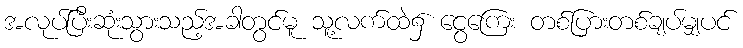
အလုပ်ပြီးဆုံးသွားသည့်အခါတွင်မူ သူ့လက်ထဲ၌ ငွေကြေး တစ်ပြားတစ်ချပ်မျှပင်